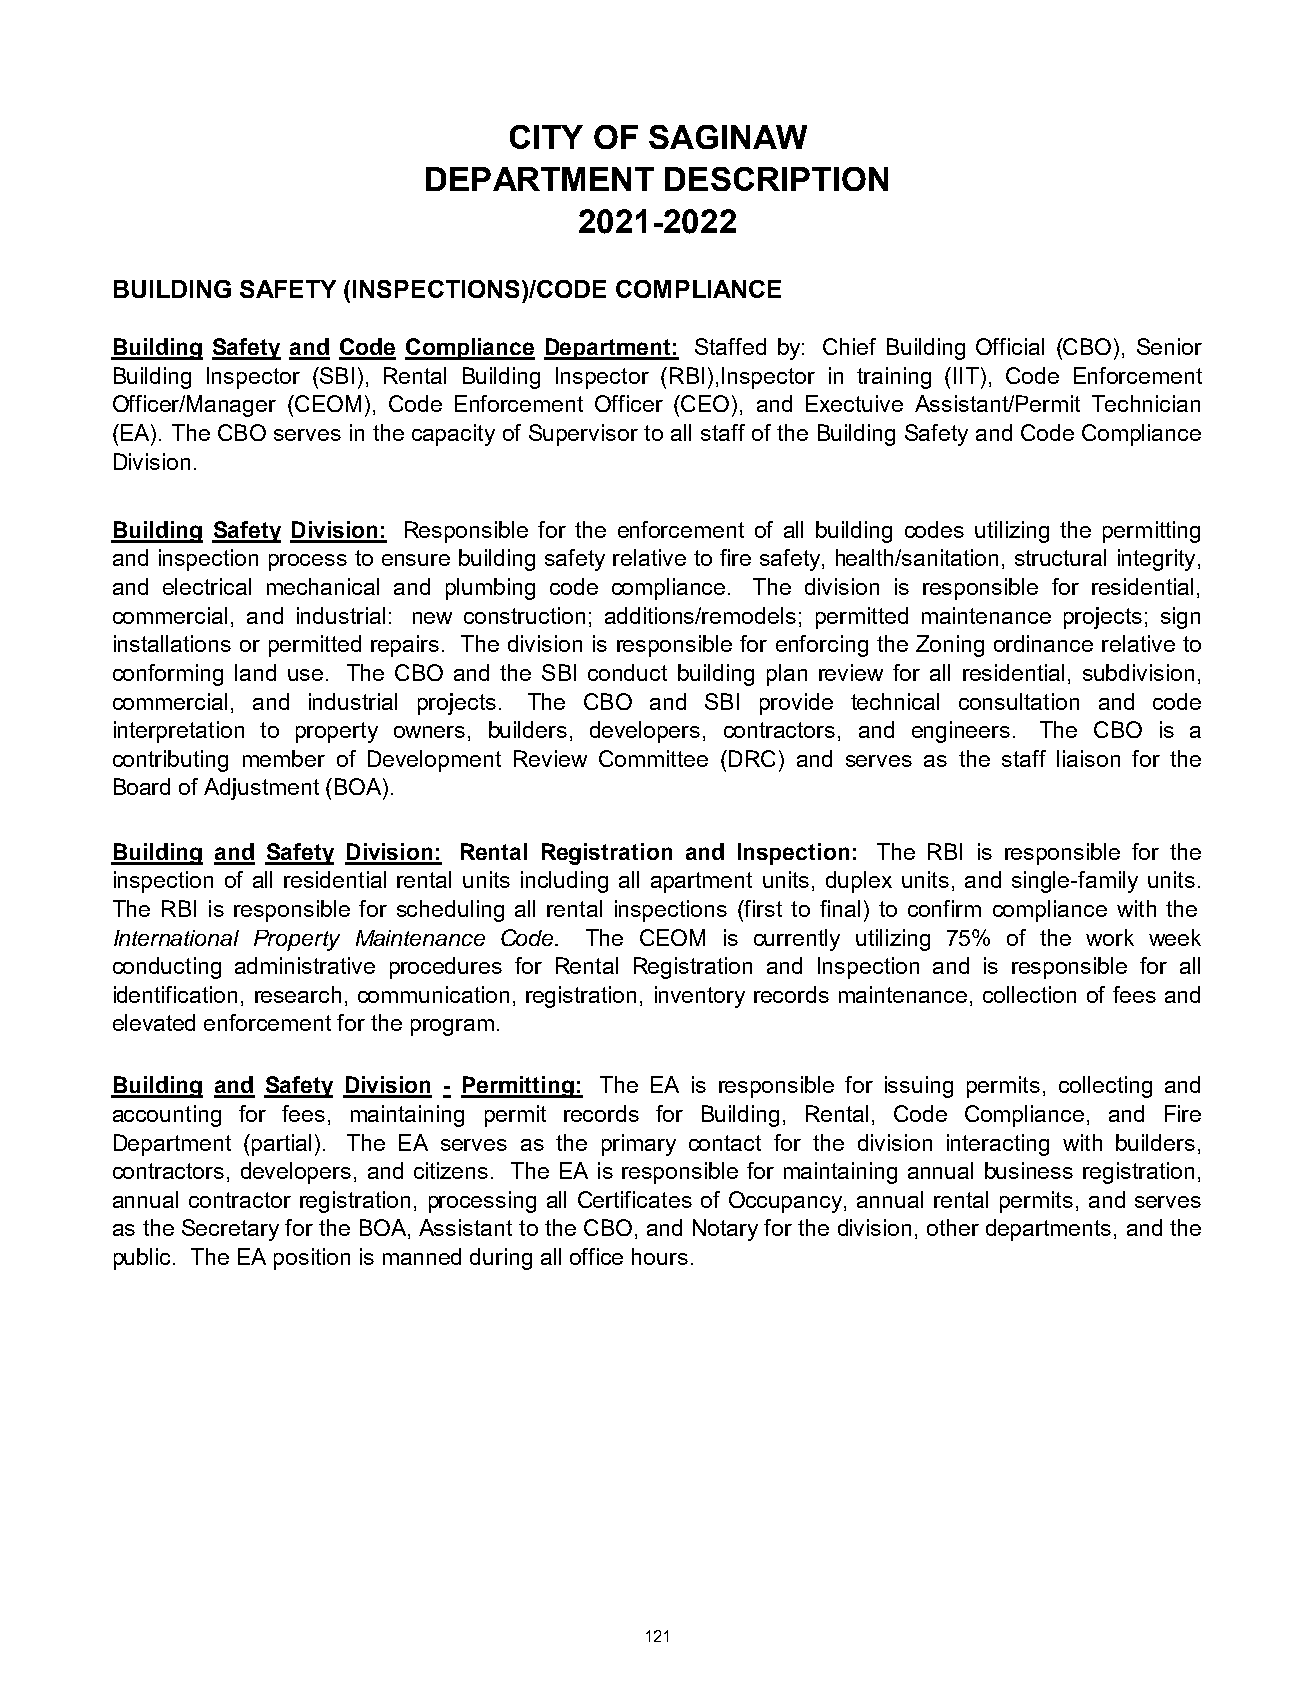
CITY OF  SAGINAW
 DEPARTMENT      DESCRIPTION
 2021-2022
 BUILDING SAFETY (INSPECTIONS)/CODE COMPLIANCE
 Building Safety and Code Compliance Department: Staffed by: Chief Building Official (CBO), Senior
 Building Inspector (SBI), Rental Building Inspector (RBI),Inspector in training (IIT), Code Enforcement
 Officer/Manager (CEOM), Code Enforcement Officer (CEO), and Exectuive Assistant/Permit Technician
 (EA). The CBO serves in the capacity of Supervisor to all staff of the Building Safety and Code Compliance
 Division.
 Building Safety Division: Responsible for the enforcement of all building codes utilizing the permitting
 and inspection process to ensure building safety relative to fire safety, health/sanitation, structural integrity,
 and electrical mechanical and plumbing code compliance. The division is responsible for residential,
 commercial, and industrial: new construction; additions/remodels; permitted maintenance projects; sign
 installations or permitted repairs. The division is responsible for enforcing the Zoning ordinance relative to
 conforming land use. The CBO and the SBI conduct building plan review for all residential, subdivision,
 commercial, and industrial projects. The CBO and SBI provide technical consultation and code
 interpretation to property owners, builders, developers, contractors, and engineers. The CBO is a
 contributing member of Development Review Committee (DRC) and serves as the staff liaison for the
 Board of Adjustment (BOA).
 Building and Safety Division: Rental Registration and Inspection: The RBI is responsible for the
 inspection of all residential rental units including all apartment units, duplex units, and single-family units.
 The RBI is responsible for scheduling all rental inspections (first to final) to confirm compliance with the
 International Property Maintenance Code. The CEOM is currently utilizing 75% of the work week
 conducting administrative procedures for Rental Registration and Inspection and is responsible for all
 identification, research, communication, registration, inventory records maintenance, collection of fees and
 elevated enforcement for the program.
 Building and Safety Division - Permitting: The EA is responsible for issuing permits, collecting and
 accounting for fees, maintaining permit records for Building, Rental, Code Compliance, and Fire
 Department (partial). The EA serves as the primary contact for the division interacting with builders,
 contractors, developers, and citizens. The EA is responsible for maintaining annual business registration,
 annual contractor registration, processing all Certificates of Occupancy, annual rental permits, and serves
 as the Secretary for the BOA, Assistant to the CBO, and Notary for the division, other departments, and the
 public. The EA position is manned during all office hours.
 121